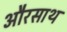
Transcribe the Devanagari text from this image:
औरसाथ